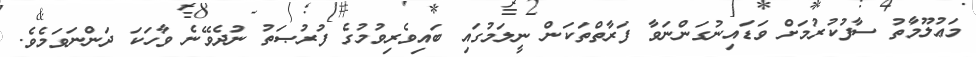
މަޢުލޫމާތު ސާފުކުރުމަށް ވަޑައިނުގަންނަވާ ފަރާތްތަކަން ނީލަމުގައި ބައިވެރިވުމުގެ ފުރުޞަތު ނުދެވޭނެ ވާހަކަ ދަންނަވަމެވެ.